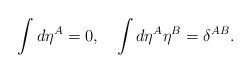
\begin{align*}\int d\eta^A=0, \quad \int d\eta^A \eta^B= \delta^{AB}.\end{align*}